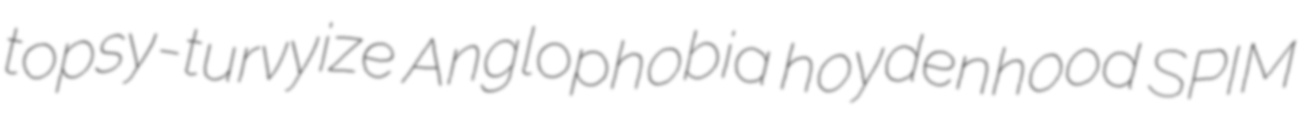
topsy-turvyize Anglophobia hoydenhood SPIM